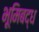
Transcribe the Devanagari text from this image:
भूमिबद्ध